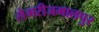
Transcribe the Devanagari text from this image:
सेमरीजमालपुर